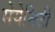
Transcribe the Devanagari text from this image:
सेयेनिटी